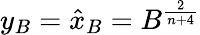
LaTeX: y_{B}=\hat{x}_{B}=B^{\frac{2}{n+4}}